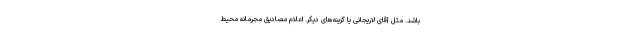
باشد. مثل آقای لاریجانی یا گزینه‌های دیگر. اعلام مصادیق مجرمانه محیط‌